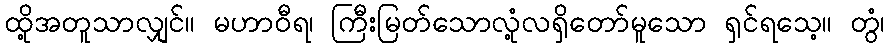
ထို့အတူသာလျှင်။ မဟာဝီရ၊ ကြီးမြတ်သောလုံ့လရှိတော်မူသော ရှင်ရသေ့။ တွံ၊